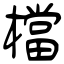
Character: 檔